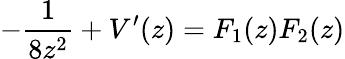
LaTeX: -\frac{1}{8z^{2}}+V^{\prime}(z)=F_{1}(z)F_{2}(z)